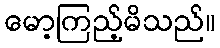
မော့ကြည့်မိသည်။